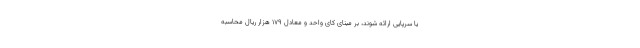
یا سرپایی ارائه شوند، بر مبنای کای واحد و معادل ۱۷۹ هزار ریال محاسبه